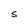
Character: S